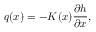
{ q } ( x ) = - K ( x ) \frac { { \partial { h } } } { { \partial { x } } } ,